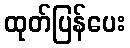
ထုတ်ပြန်ပေး